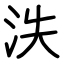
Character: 泆